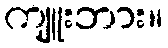
ကျူးဘား။